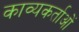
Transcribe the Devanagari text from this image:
काव्यकर्ताओं